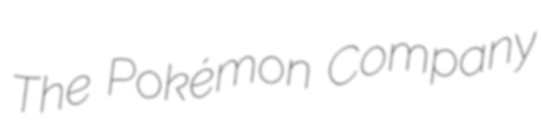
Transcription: The Pokémon Company